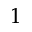
^ 1